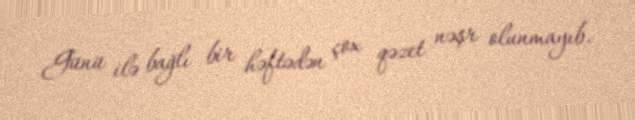
Günü ilə bağlı bir həftədən çox qəzet nəşr olunmayıb.